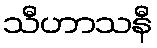
သီဟာသနီ